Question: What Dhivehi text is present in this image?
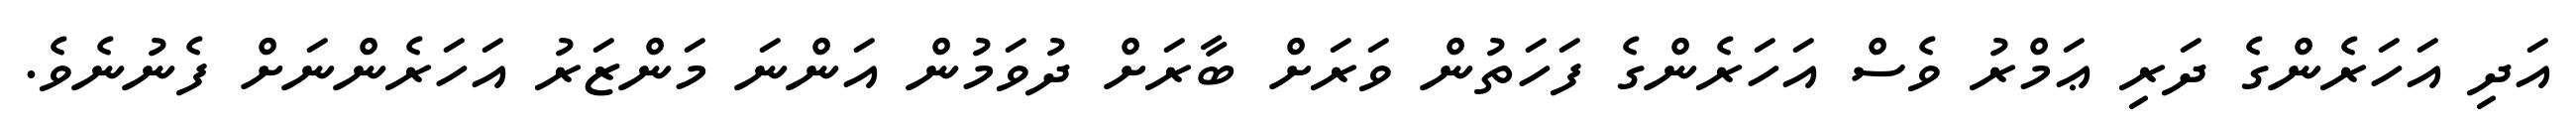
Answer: އަދި އަހަރެންގެ ދަރި ޢަމްރު ވެސް އަހަރެންގެ ފަހަތުން ވަރަށް ބާރަށް ދުވަމުން އަންނަ މަންޒަރު އަހަރެންނަށް ފެނުނެވެ.